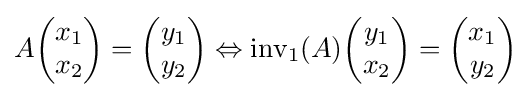
A{\begin{pmatrix}x_{1}\\x_{2}\end{pmatrix}}={\begin{pmatrix}y_{1}\\y_{2}\end{pmatrix}}\Leftrightarrow \operatorname {inv} _{1}(A){\begin{pmatrix}y_{1}\\x_{2}\end{pmatrix}}={\begin{pmatrix}x_{1}\\y_{2}\end{pmatrix}}